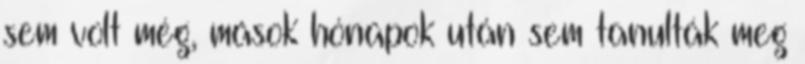
sem volt még, mások hónapok után sem tanulták meg